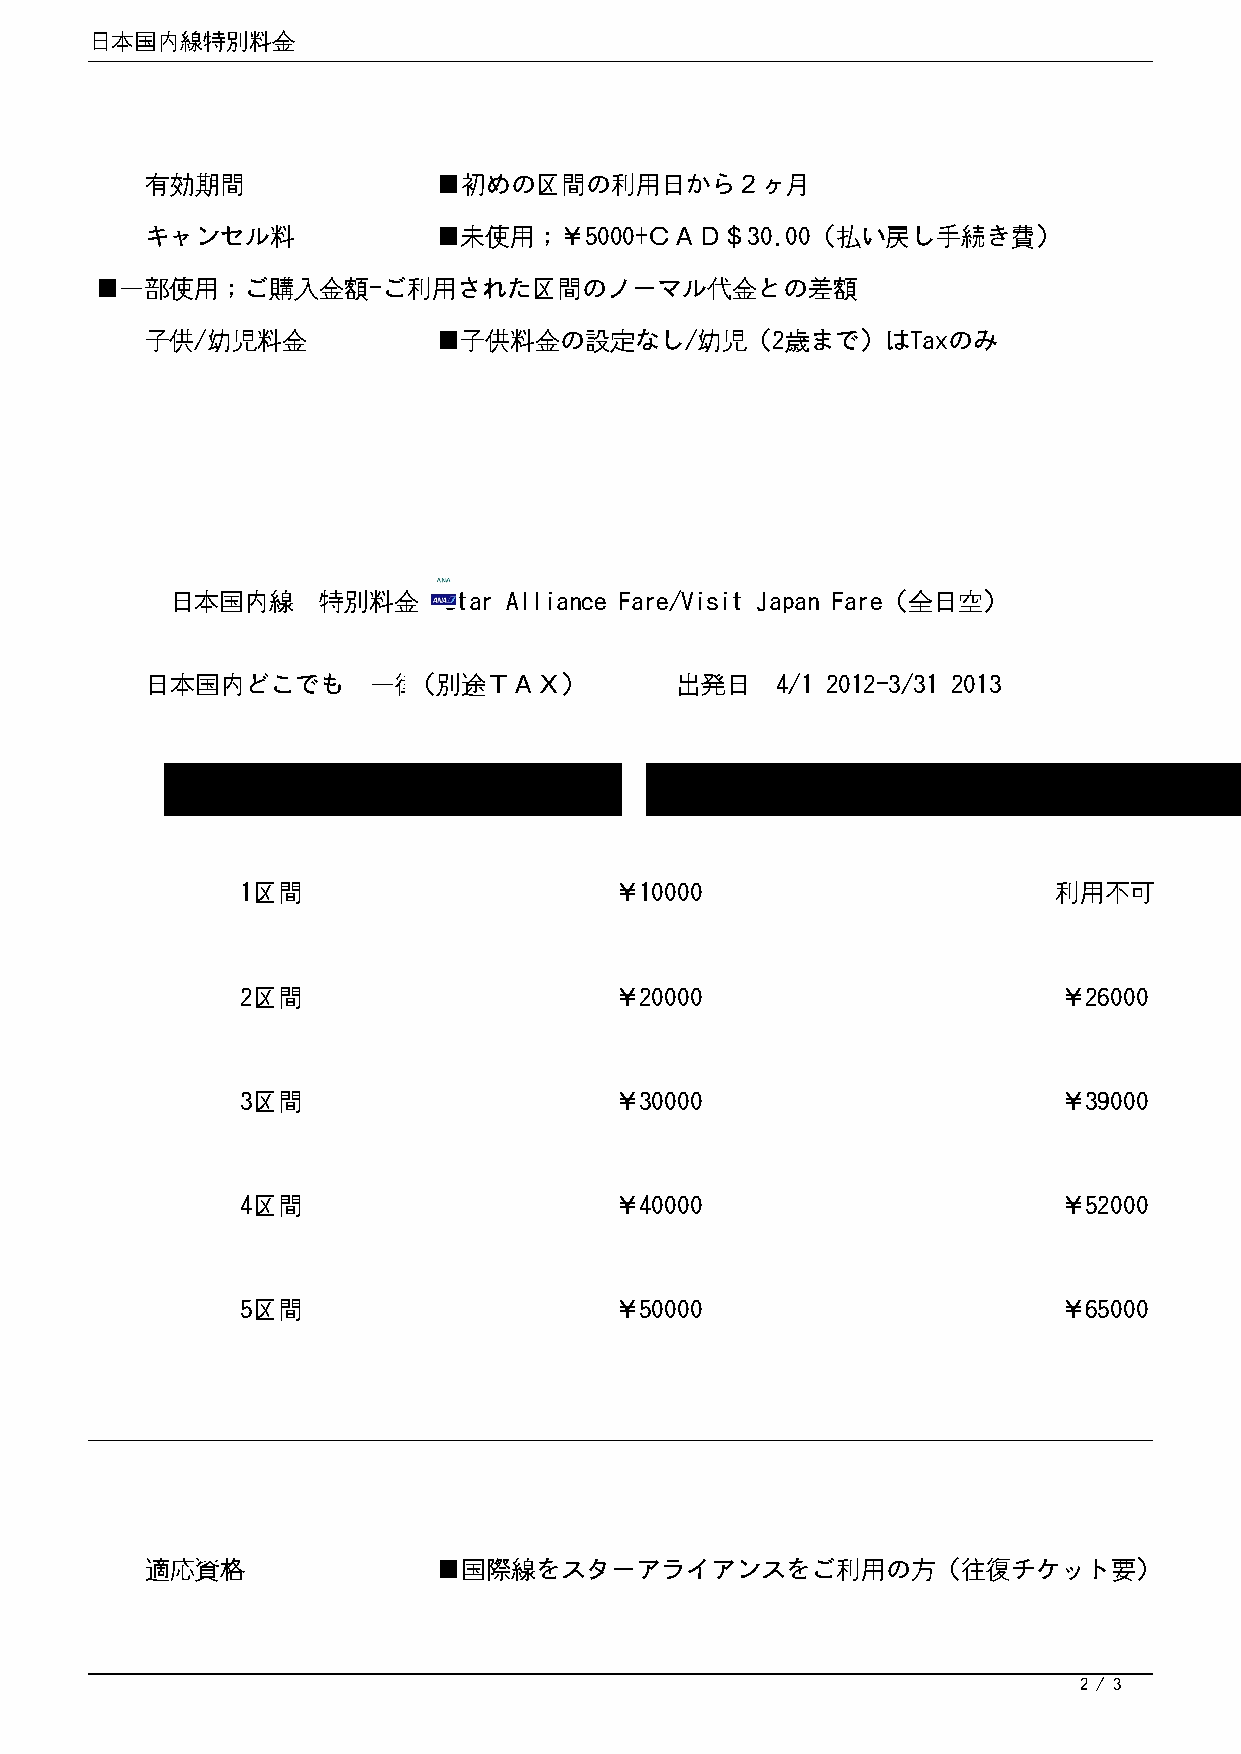
日本国内線特別料金
 有効期間               ■初めの区間の利用日か       ら２ヶ月
 キャンセル料             ■未使用；￥5000+ＣＡＤ＄30.00（払い戻し手続き費）
 ■一部使用；ご購入金額-ご利用された区            間 のノーマル代金との差額
 子供/幼児料金            ■子供料金の設定なし/幼児（2歳まで）は           Taxのみ
 日本国内線     特別料金    Star Alliance Fare/Visit Japan Fare（全日空）
 日本国内どこでも      一律（料別金途ＴＡＸ）          出発日   4/1 2012-3/31 2013
 Star Alliance Japan                  t                    Visit Japan
 1区間                      ￥10000                       利用不可
 2区間                      ￥20000                       ￥26000
 3区間                      ￥30000                       ￥39000
 4区間                      ￥40000                       ￥52000
 5区間                      ￥50000                       ￥65000
 適応資格               ■国際線をスターアライアンスをご利用の方（往復チケット要）
 2 / 3